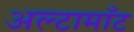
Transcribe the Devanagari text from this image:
अल्टामाँट